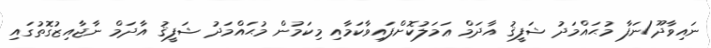
ނައިވާދޫ/ނަފާ މުޙައްމަދު ޝަފީޤު އާދަމް ޢަމަލުކޮށްފައިވާކަމާއި މިކަމުން މުޙައްމަދު ޝަފީޤު އާދަމް ނާޖާއިޒުގޮތުގައި